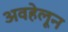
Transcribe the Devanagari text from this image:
अवहेलून